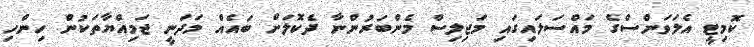
ކޮމިޓީ އެލަވަންސްގެ މައްސަލައިގައި މަޖިލިސް މެންބަރުންނާ ދެކޮލަށް ބައެއް މަދަނީ ޖަމިއްޔާތަކުން ހިންހި